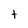
Character: t